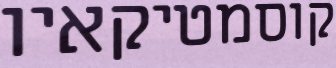
קוסמטיקאיו